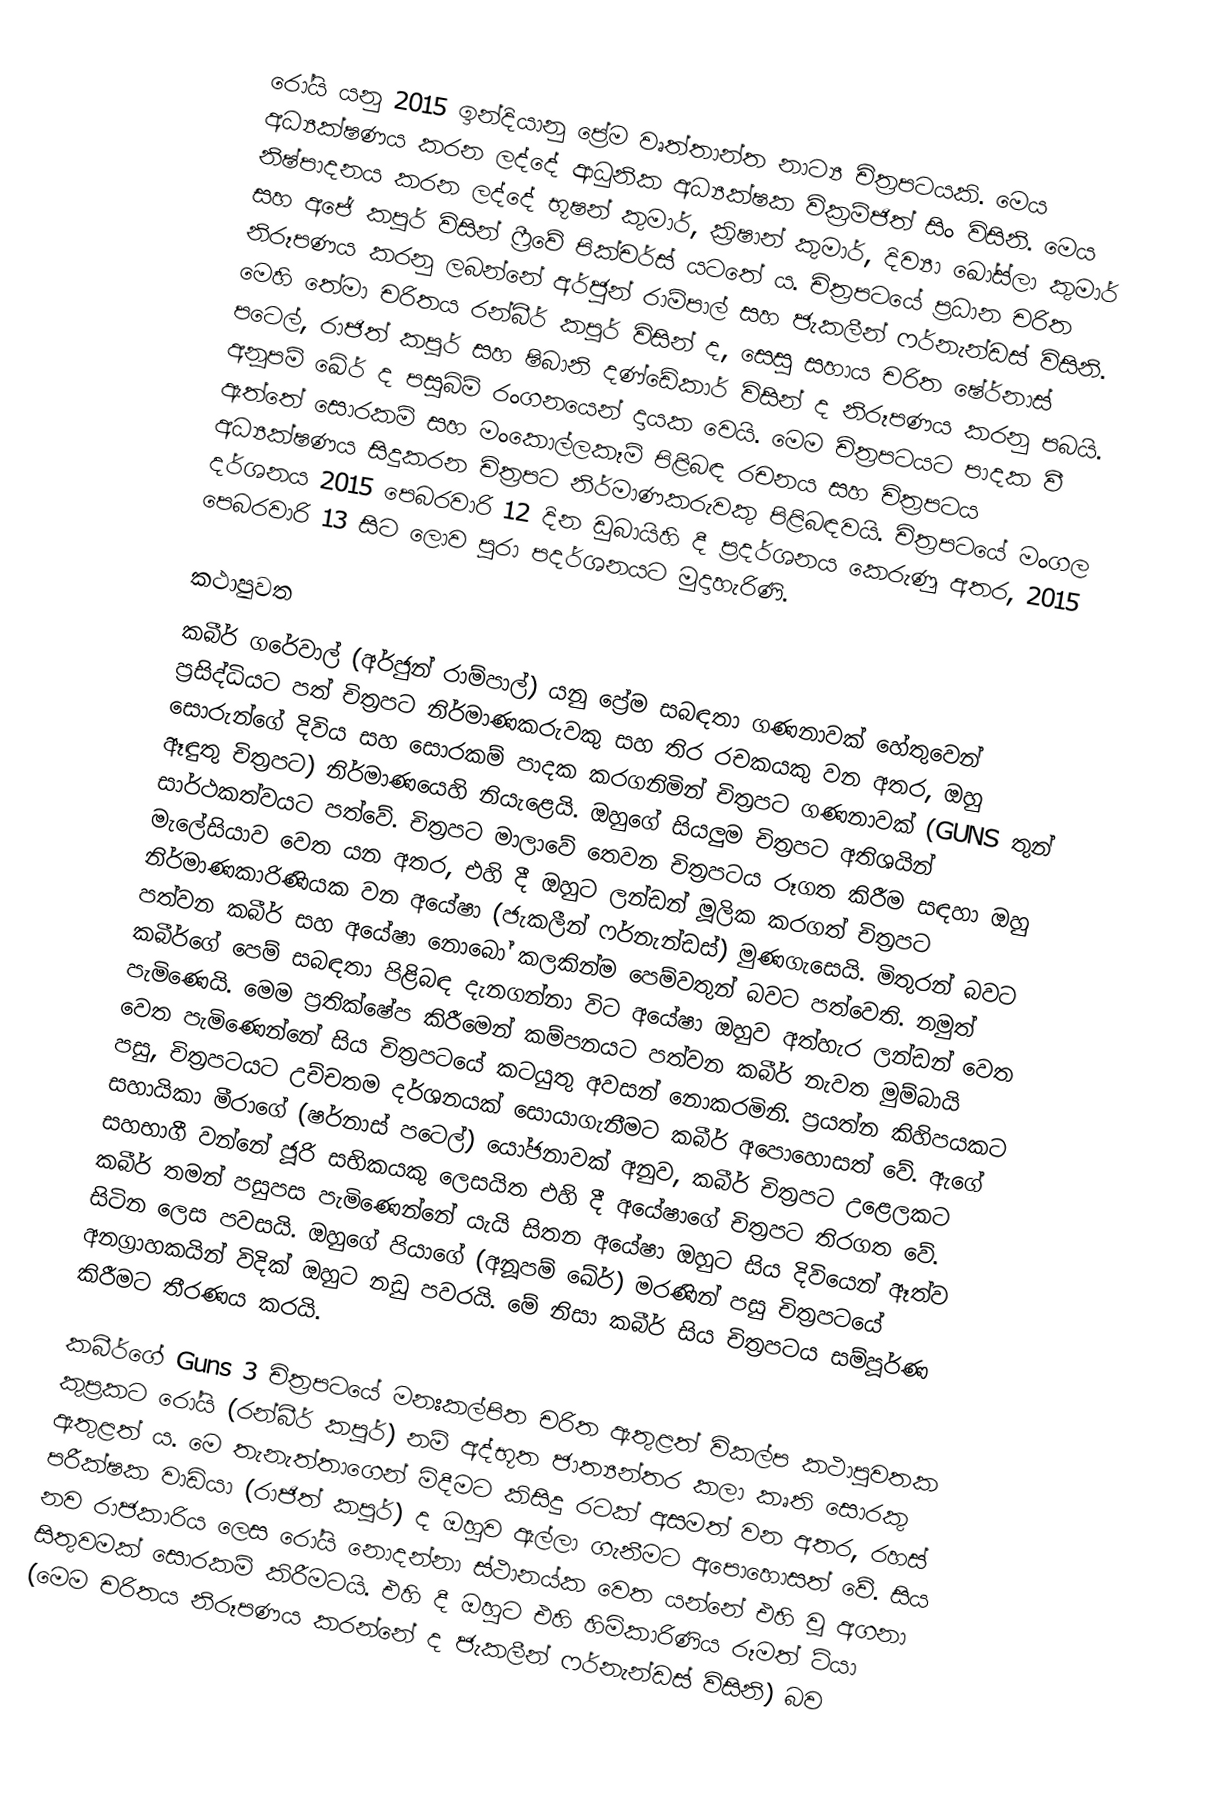
රෝයි යනු 2015 ඉන්දියානු ප්‍රේම වෘත්තාන්ත නාට්‍ය චිත්‍රපටයකි. මෙය අධ්‍යක්ෂණය කරන ලද්දේ ආධුනික අධ්‍යක්ෂක වික්‍රම්ජිත් සිං විසිනි. මෙය නිෂ්පාදනය කරන ලද්දේ භූෂන් කුමාර්, ක්‍රිෂාන් කුමාර්, දිව්‍යා ඛෝස්ලා කුමාර් සහ අජේ කපූර් විසින් ෆ්‍රීවේ පික්චර්ස් යටතේ ය. චිත්‍රපටයේ ප්‍රධාන චරිත නිරූපණය කරනු ලබන්නේ අර්ජුන් රාම්පාල් සහ ජැකලීන් ෆර්නැන්ඩස් විසිනි. මෙහි තේමා චරිතය රන්බීර් කපූර් විසින් ද, සෙසු සහාය චරිත ෂේර්නාස් පටෙල්, රාජිත් කපූර් සහ ෂිබානි දණ්ඩේකාර් විසින් ද නිරූපණය කරනු පබයි. අනූපම් ඛේර් ද පසුබිම් රංගනයෙන් දායක වෙයි. මෙම චිත්‍රපටයට පාදක වී ඇත්තේ සොරකම් සහ මංකොල්ලකෑම් පිළිබඳ රචනය සහ චිත්‍රපටය අධ්‍යක්ෂණය සිදුකරන චිත්‍රපට නිර්මාණකරුවකු පිළිබඳවයි. චිත්‍රපටයේ මංගල දර්ශනය 2015 පෙබරවාරි 12 දින ඩුබායිහි දී ප්‍රදර්ශනය කෙරුණු අතර, 2015 පෙබරවාරි 13 සිට ලොව පුරා පදර්ශනයට මුදාහැරිණි.

කථාපුවත
කබීර් ගරේවාල් (අර්ජුන් රාම්පාල්) යනු ප්‍රේම සබඳතා ගණනාවක් හේතුවෙන් ප්‍රසිද්ධියට පත් චිත්‍රපට නිර්මාණකරුවකු සහ තිර රචකයකු වන අතර, ඔහු සොරුන්ගේ දිවිය සහ සොරකම් පාදක කරගනිමින් චිත්‍රපට ගණනාවක් (GUNS තුන් ඈඳුතු චිත්‍රපට) නිර්මාණයෙහි නියැළෙයි. ඔහුගේ සියලුම චිත්‍රපට අතිශයින් සාර්ථකත්වයට පත්වේ. චිත්‍රපට මාලාවේ තෙවන චිත්‍රපටය රූගත කිරීම සඳහා ඔහු මැලේසියාව වෙත යන අතර, එහි දී ඔහුට ලන්ඩන් මූලික කරගත් චිත්‍රපට නිර්මාණකාරිණියක වන අයේෂා (ජැකලීන් ෆර්නැන්ඩස්) මුණගැසෙයි. මිතුරන් බවට පත්වන කබීර් සහ අයේෂා නොබෝ කලකින්ම පෙම්වතුන් බවට පත්වෙති. නමුත් කබීර්ගේ පෙම් සබඳතා පිළිබඳ දැනගන්නා විට අයේෂා ඔහුව අත්හැර ලන්ඩන් වෙත පැමිණෙයි. මෙම ප්‍රතික්ෂේප කිරීමෙන් කම්පනයට පත්වන කබීර් නැවත මුම්බායි වෙත පැමිණෙන්නේ සිය චිත්‍රපටයේ කටයුතු අවසන් නොකරමිනි. ප්‍රයත්න කිහිපයකට පසු, චිත්‍රපටයට උච්චතම දර්ශනයක් සොයාගැනීමට කබීර් අපොහොසත් වේ. ඇගේ සහායිකා මීරාගේ (ෂර්නාස් පටෙල්) යෝජනාවක් අනුව, කබීර් චිත්‍රපට උළෙලකට සහභාගී වන්නේ ජූරි සභිකයකු ලෙසයිත එහි දී අයේෂාගේ චිත්‍රපට තිරගත වේ. කබීර් තමන් පසුපස පැමිණෙන්නේ යැයි සිතන අයේෂා ඔහුට සිය දිවියෙන් ඈත්ව සිටින ලෙස පවසයි. ඔහුගේ පියාගේ (අනූපම් ඛේර්) මරණින් පසු චිත්‍රපටයේ අනග්‍රාහකයින් විදික් ඔහුට නඩු පවරයි. මේ නිසා කබීර් සිය චිත්‍රපටය සම්පූර්ණ කිරීමට තීරණය කරයි.

කබීර්ගේ Guns 3 චිත්‍රපටයේ මනඃකල්පිත චරිත ඇතුළත් විකල්ප කථාපුවතක කුප්‍රකට රෝයි (රන්බීර් කපූර්) නම් අද්භූත ජාත්‍යන්තර කලා කෘති සොරකු ඇතුළත් ය. මෙ තැනැත්තාගෙන් මිදීමට කිසිදු රටක් අසමත් වන අතර,  රහස් පරීක්ෂක වාඩියා (රාජිත් කපූර්) ද ඔහුව ඇල්ලා ගැනීමට අපොහොසත් වේ. සිය නව රාජකාරිය ලෙස රෝයි නොදන්නා ස්ථානය්ක වෙත යන්නේ එහි වූ අගනා සිතුවමක් සොරකම් කිරීමටයි. එහි දී ඔහුට එහි හිමිකාරිණිය රූමත් ටියා (මෙම චරිතය නිරූපණය කරන්නේ ද ජැකලීන් ෆර්නැන්ඩස් විසිනි) බව